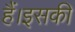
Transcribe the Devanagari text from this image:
हैं।इसकी